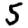
Digit: 5